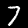
Digit: 7